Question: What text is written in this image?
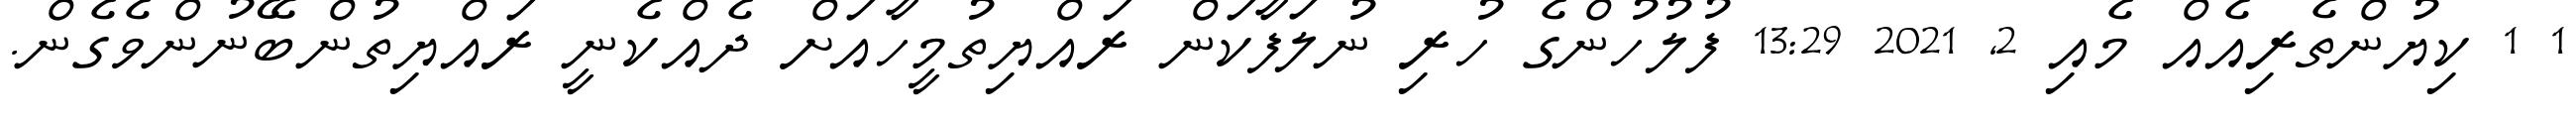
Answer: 1 1 ކިޔުންތެރިއެއް މެއި 2, 2021 13:29 ފުލުހުންގެ ހުރި ނުލަފާކަން ރައްޔިތުމީހާއަށް ދެއްކެނީ ރައްޔިތުންބޭނުންވެގެން.